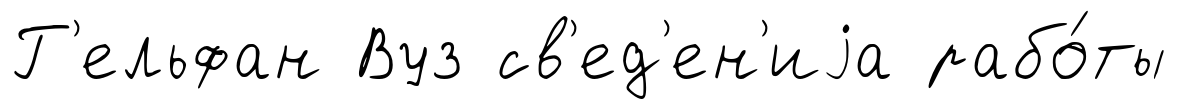
Г'ельфан Вуз св'ед'ен'иjа рабо́ты